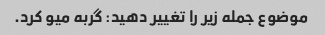
موضوع جمله زیر را تغییر دهید: گربه میو کرد.